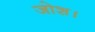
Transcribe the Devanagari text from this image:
जोश।